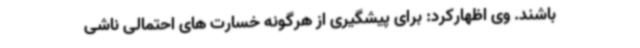
باشند. وی اظهارکرد: برای پیشگیری از هرگونه خسارت های احتمالی ناشی